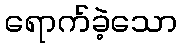
ရောက်ခဲ့သော